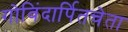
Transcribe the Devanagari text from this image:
गोविंदार्पितचेता